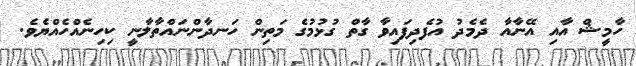
ހާމީޝް އާއި އޭނާއާ ދެމެދު އުފެދިފައިވާ ގާތް ގުޅުމުގެ މަތިން ހަނދާންނައްތާލާނީ ކިހިނެއްހެއްޔެވެ.